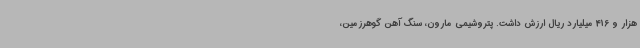
هزار و 416 میلیارد ریال ارزش داشت. پتروشیمی مارون، سنگ آهن گوهرزمین،